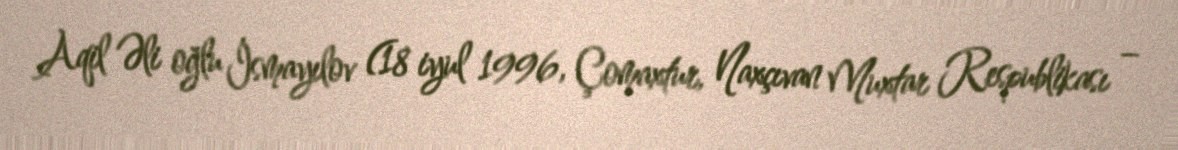
Aqil Əli oğlu İsmayılov (18 iyul 1996, Çomaxtur, Naxçıvan Muxtar Respublikası –